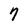
Character: 7